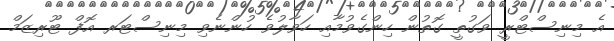
އެ މިނިސްޓްރީ ވަގުތީ ގޮތުން ހިންގެވުމާއި ހަވާލުވެ ހުންނެވި މިނިސްޓަރ އޮފް ޓޫރިޒަމް